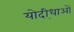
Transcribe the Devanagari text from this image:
योदी्धाओं